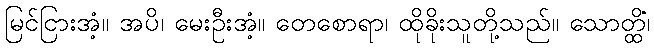
မြင်ငြားအံ့။ အပိ၊ မေးဦးအံ့။ တေစောရာ၊ ထိုခိုးသူတို့သည်။ သောတ္ထိံ၊